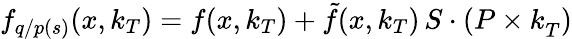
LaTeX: f_{q/p(s)}(x,k_{T})=f(x,k_{T})+\tilde{f}(x,k_{T}){\mathbf\, S\cdot(P\times k}_{T})